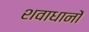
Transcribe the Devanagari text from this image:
शवाधानों